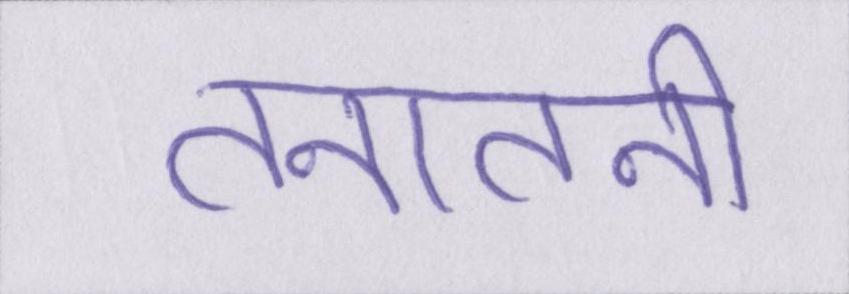
तनातनी